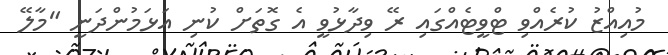
މުއިއްޒު ކުރެއްވި ޓްވީޓެއްގައި ރޭ ވިދާޅުވީ އެ ގޮތަށް ކުނި އަޅަމުންދަނީ "މާލޭ